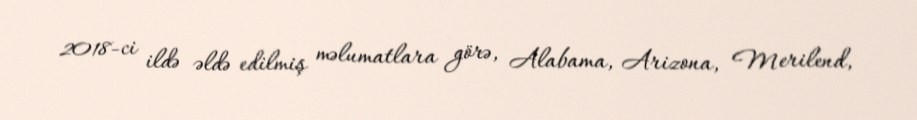
2018-ci ildə əldə edilmiş məlumatlara görə, Alabama, Arizona, Merilend,